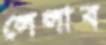
লেলাব